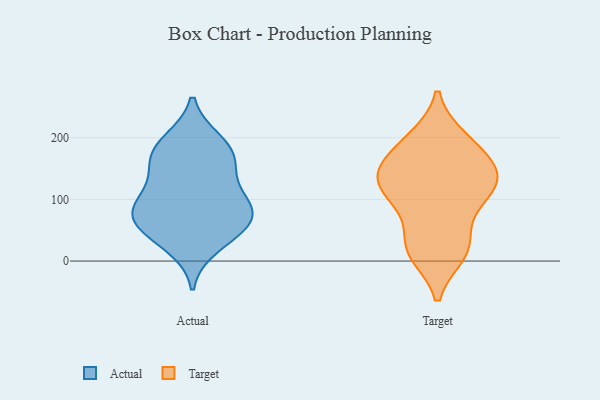
{"axis": {"x": "Latency (ms)", "y": "Value"}, "legend": ["Actual", "Target"], "data": [{"x": "", "y": 97, "type": "Actual"}, {"x": "", "y": 169, "type": "Actual"}, {"x": "", "y": 50, "type": "Actual"}, {"x": "", "y": 24, "type": "Actual"}, {"x": "", "y": 190, "type": "Actual"}, {"x": "", "y": 89, "type": "Actual"}, {"x": "", "y": 152, "type": "Actual"}, {"x": "", "y": 73, "type": "Actual"}, {"x": "", "y": 47, "type": "Actual"}, {"x": "", "y": 195, "type": "Actual"}, {"x": "", "y": 116, "type": "Actual"}, {"x": "", "y": 161, "type": "Actual"}, {"x": "", "y": 73, "type": "Actual"}, {"x": "", "y": 77, "type": "Actual"}, {"x": "", "y": 67, "type": "Target"}, {"x": "", "y": 18, "type": "Target"}, {"x": "", "y": 149, "type": "Target"}, {"x": "", "y": 196, "type": "Target"}, {"x": "", "y": 26, "type": "Target"}, {"x": "", "y": 188, "type": "Target"}, {"x": "", "y": 17, "type": "Target"}, {"x": "", "y": 102, "type": "Target"}, {"x": "", "y": 147, "type": "Target"}, {"x": "", "y": 121, "type": "Target"}, {"x": "", "y": 12, "type": "Target"}, {"x": "", "y": 132, "type": "Target"}, {"x": "", "y": 112, "type": "Target"}, {"x": "", "y": 151, "type": "Target"}, {"x": "", "y": 148, "type": "Target"}, {"x": "", "y": 107, "type": "Target"}, {"x": "", "y": 199, "type": "Target"}]}